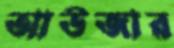
আউজার